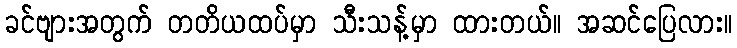
ခင်ဗျားအတွက် တတိယထပ်မှာ သီးသန့်မှာ ထားတယ်။ အဆင်ပြေလား။